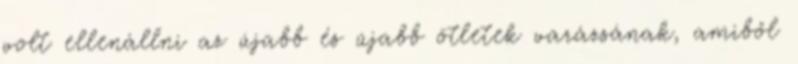
volt ellenállni az újabb és újabb ötletek varázsának, amiből